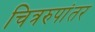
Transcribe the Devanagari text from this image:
चित्ररुपांतर